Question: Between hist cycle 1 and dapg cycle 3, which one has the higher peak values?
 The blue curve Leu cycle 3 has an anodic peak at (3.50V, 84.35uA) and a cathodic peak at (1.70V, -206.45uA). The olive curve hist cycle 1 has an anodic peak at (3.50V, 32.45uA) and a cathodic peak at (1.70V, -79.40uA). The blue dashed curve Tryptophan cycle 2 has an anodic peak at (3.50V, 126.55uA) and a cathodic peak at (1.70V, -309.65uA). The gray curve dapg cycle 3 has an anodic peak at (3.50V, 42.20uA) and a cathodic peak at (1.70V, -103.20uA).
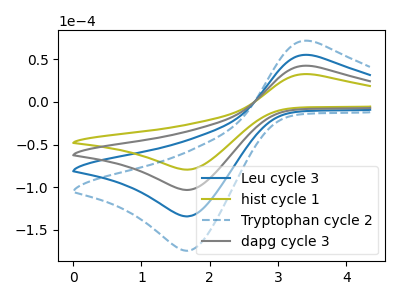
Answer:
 <answer>Every peak in "hist cycle 1" is lower than every peak in "dapg cycle 3".</answer>
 <eval>lower</eval>